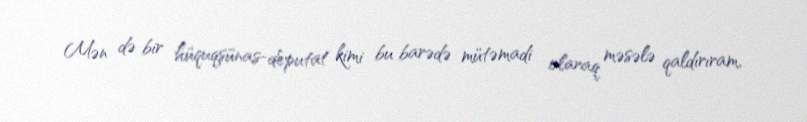
Mən də bir hüquqşünas-deputat kimi bu barədə mütəmadi olaraq məsələ qaldırıram,